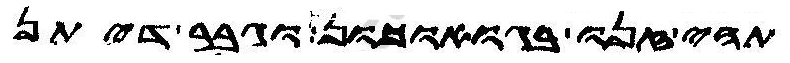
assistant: תהי זנו בגואוכון וגבר דיתן